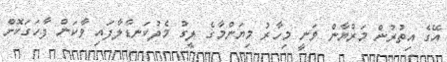
އޭގެ އިތުރުން މަރްޔާން ވަނީ މިހާރު މިޔަންމާގެ ލީގު މެދުކަނޑާލާފައި ވާކަން ފާހަގަކޮށް